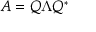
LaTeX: A = Q \Lambda Q ^ { * }